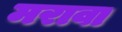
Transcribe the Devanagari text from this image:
मरावा